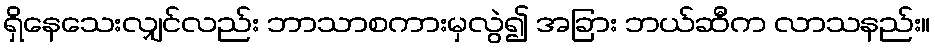
ရှိနေသေးလျှင်လည်း ဘာသာစကားမှလွဲ၍ အခြား ဘယ်ဆီက လာသနည်း။